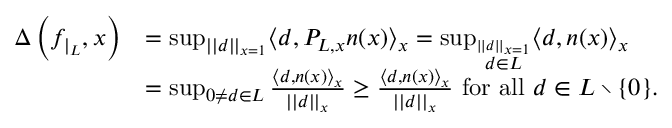
\begin{array} { r l } { \Delta \left( f _ { \vert _ { L } } , x \right) } & { = \operatorname* { s u p } _ { \vert \vert d \vert \vert _ { x = 1 } } \langle d , P _ { L , x } n ( x ) \rangle _ { x } = \operatorname* { s u p } _ { \stackrel { \vert \vert d \vert \vert _ { x = 1 } } { d \in L } } \langle d , n ( x ) \rangle _ { x } } \\ & { = \operatorname* { s u p } _ { 0 \neq d \in L } \frac { \langle d , n ( x ) \rangle _ { x } } { \vert \vert d \vert \vert _ { x } } \ge \frac { \langle d , n ( x ) \rangle _ { x } } { \vert \vert d \vert \vert _ { x } } \mathrm { ~ f o r ~ a l l ~ } d \in L \setminus \{ 0 \} . } \end{array}